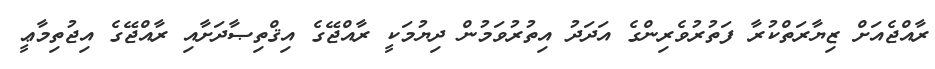
ރާއްޖެއަށް ޒިޔާރަތްކުރާ ފަތުރުވެރިންގެ އަދަދު އިތުރުވަމުން ދިޔުމަކީ ރާއްޖޭގެ އިޤްތިޞާދަށާއި ރާއްޖޭގެ އިޖުތިމާޢީ